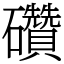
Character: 礸